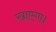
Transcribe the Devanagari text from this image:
खाएगा।